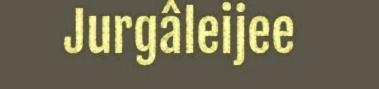
Jurgâleijee